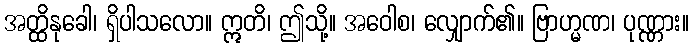
အတ္ထိနုခေါ၊ ရှိပါသလော။ ဣတိ၊ ဤသို့။ အဝေါစ၊ လျှောက်၏။ ဗြာဟ္မဏ၊ ပုဏ္ဏား။